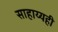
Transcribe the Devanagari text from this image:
साहाय्यही